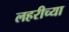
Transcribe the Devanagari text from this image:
लहरीच्या